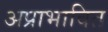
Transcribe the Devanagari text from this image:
अप्राभावित